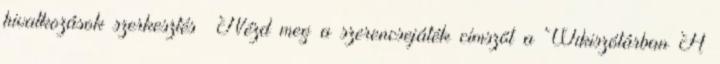
hivatkozások szerkesztés Nézd meg a szerencsejáték címszót a Wikiszótárban A